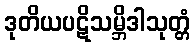
ဒုတိယပဋိသမ္ဘိဒါသုတ္တံ